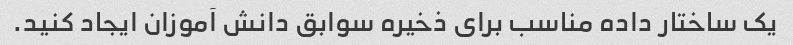
یک ساختار داده مناسب برای ذخیره سوابق دانش آموزان ایجاد کنید.